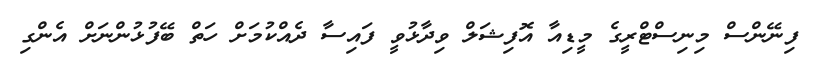
ފިނޭންސް މިނިސްޓްރީގެ މީޑިއާ އޮފިޝަލް ވިދާޅުވީ ފައިސާ ދެއްކުމަށް ހަތް ބޭފުޅުންނަށް އެންގި